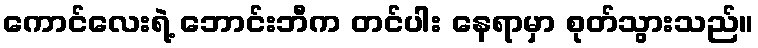
ကောင်လေးရဲ့ ဘောင်းဘီက တင်ပါး နေရာမှာ စုတ်သွားသည်။